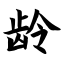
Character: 龄